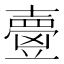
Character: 𡕃